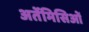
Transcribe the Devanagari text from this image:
अर्तेमिसिओं